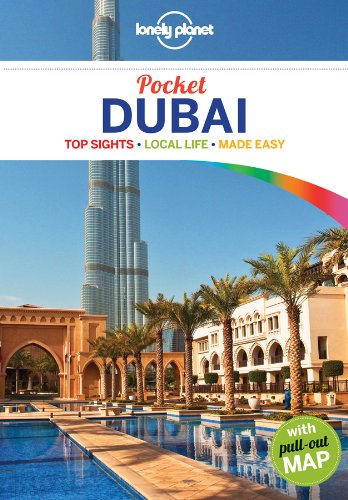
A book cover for Lonely Planet Pocket Dubai (Travel Guide); Lonely Planet; Travel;